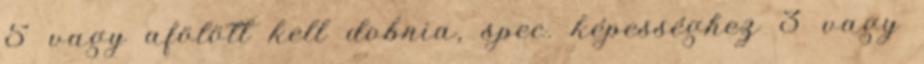
5 vagy afölött kell dobnia, spec. képességhez 3 vagy